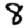
Digit: 8